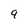
Character: 9